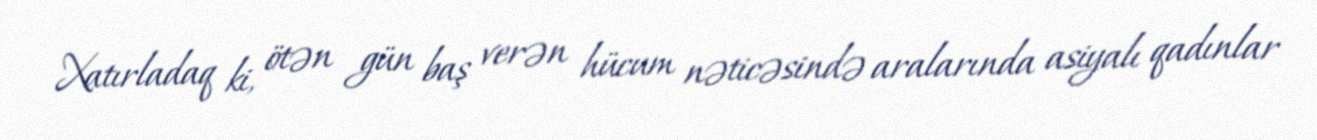
Xatırladaq ki, ötən gün baş verən hücum nəticəsində aralarında asiyalı qadınlar